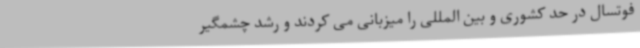
فوتسال در حد کشوری و بین المللی را میزبانی می کردند و رشد چشمگیر